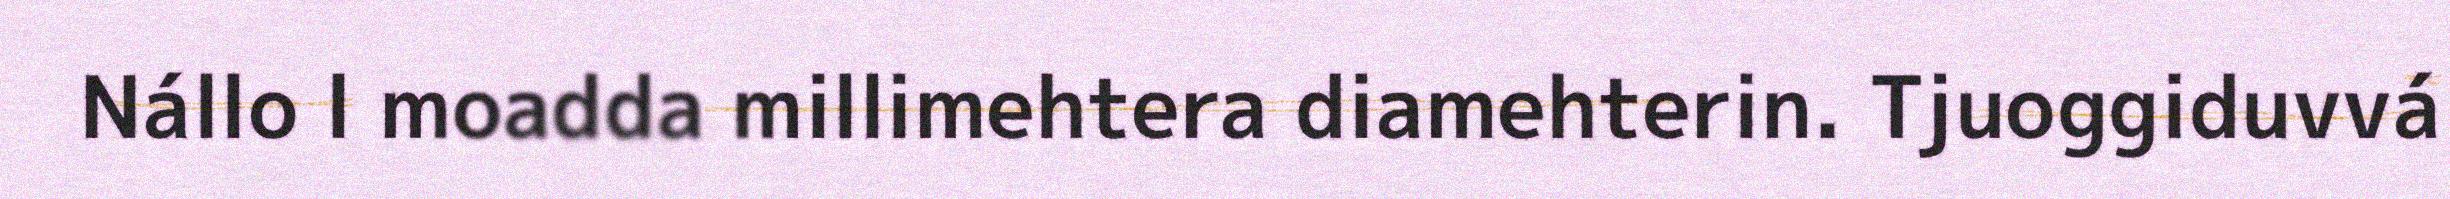
Nállo l moadda millimehtera diamehterin. Tjuoggiduvvá